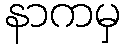
နာကမှ